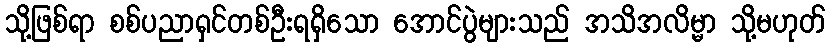
သို့ဖြစ်ရာ စစ်ပညာရှင်တစ်ဦးရရှိသော အောင်ပွဲများသည် အသိအလိမ္မာ သို့မဟုတ်